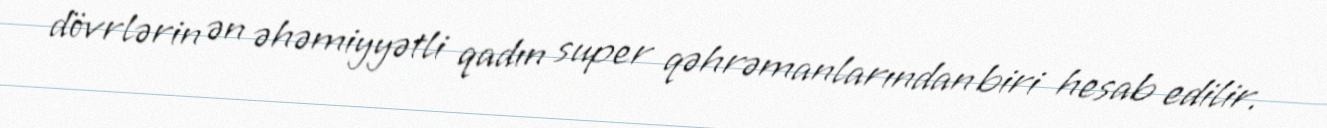
dövrlərin ən əhəmiyyətli qadın super qəhrəmanlarından biri hesab edilir.